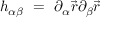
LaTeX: h _ { \alpha \beta } \ = \ \partial _ { \alpha } \vec { r } \partial _ { \beta } \vec { r }